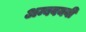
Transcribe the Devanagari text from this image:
अम्बवयवी